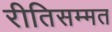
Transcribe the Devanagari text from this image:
रीतिसम्मत